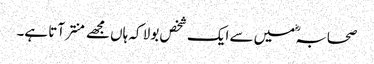
صحابہؓ میں سے ایک شخص بولا کہ ہاں مجھے منتر آتا ہے۔